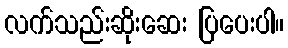
လက်သည်းဆိုးဆေး ပြပေးပါ။